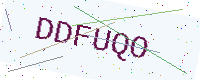
Text: DDFUQO